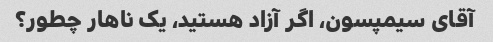
آقای سیمپسون، اگر آزاد هستید، یک ناهار چطور؟